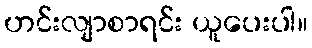
ဟင်းလျာစာရင်း ယူပေးပါ။